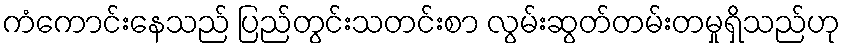
ကံကောင်းနေသည် ပြည်တွင်းသတင်းစာ လွမ်းဆွတ်တမ်းတမှုရှိသည်ဟု